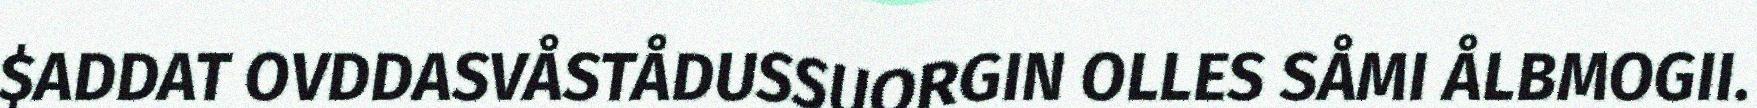
$ADDAT OVDDASVÅSTÅDUSSUORGIN OLLES SÅMI ÅLBMOGII.